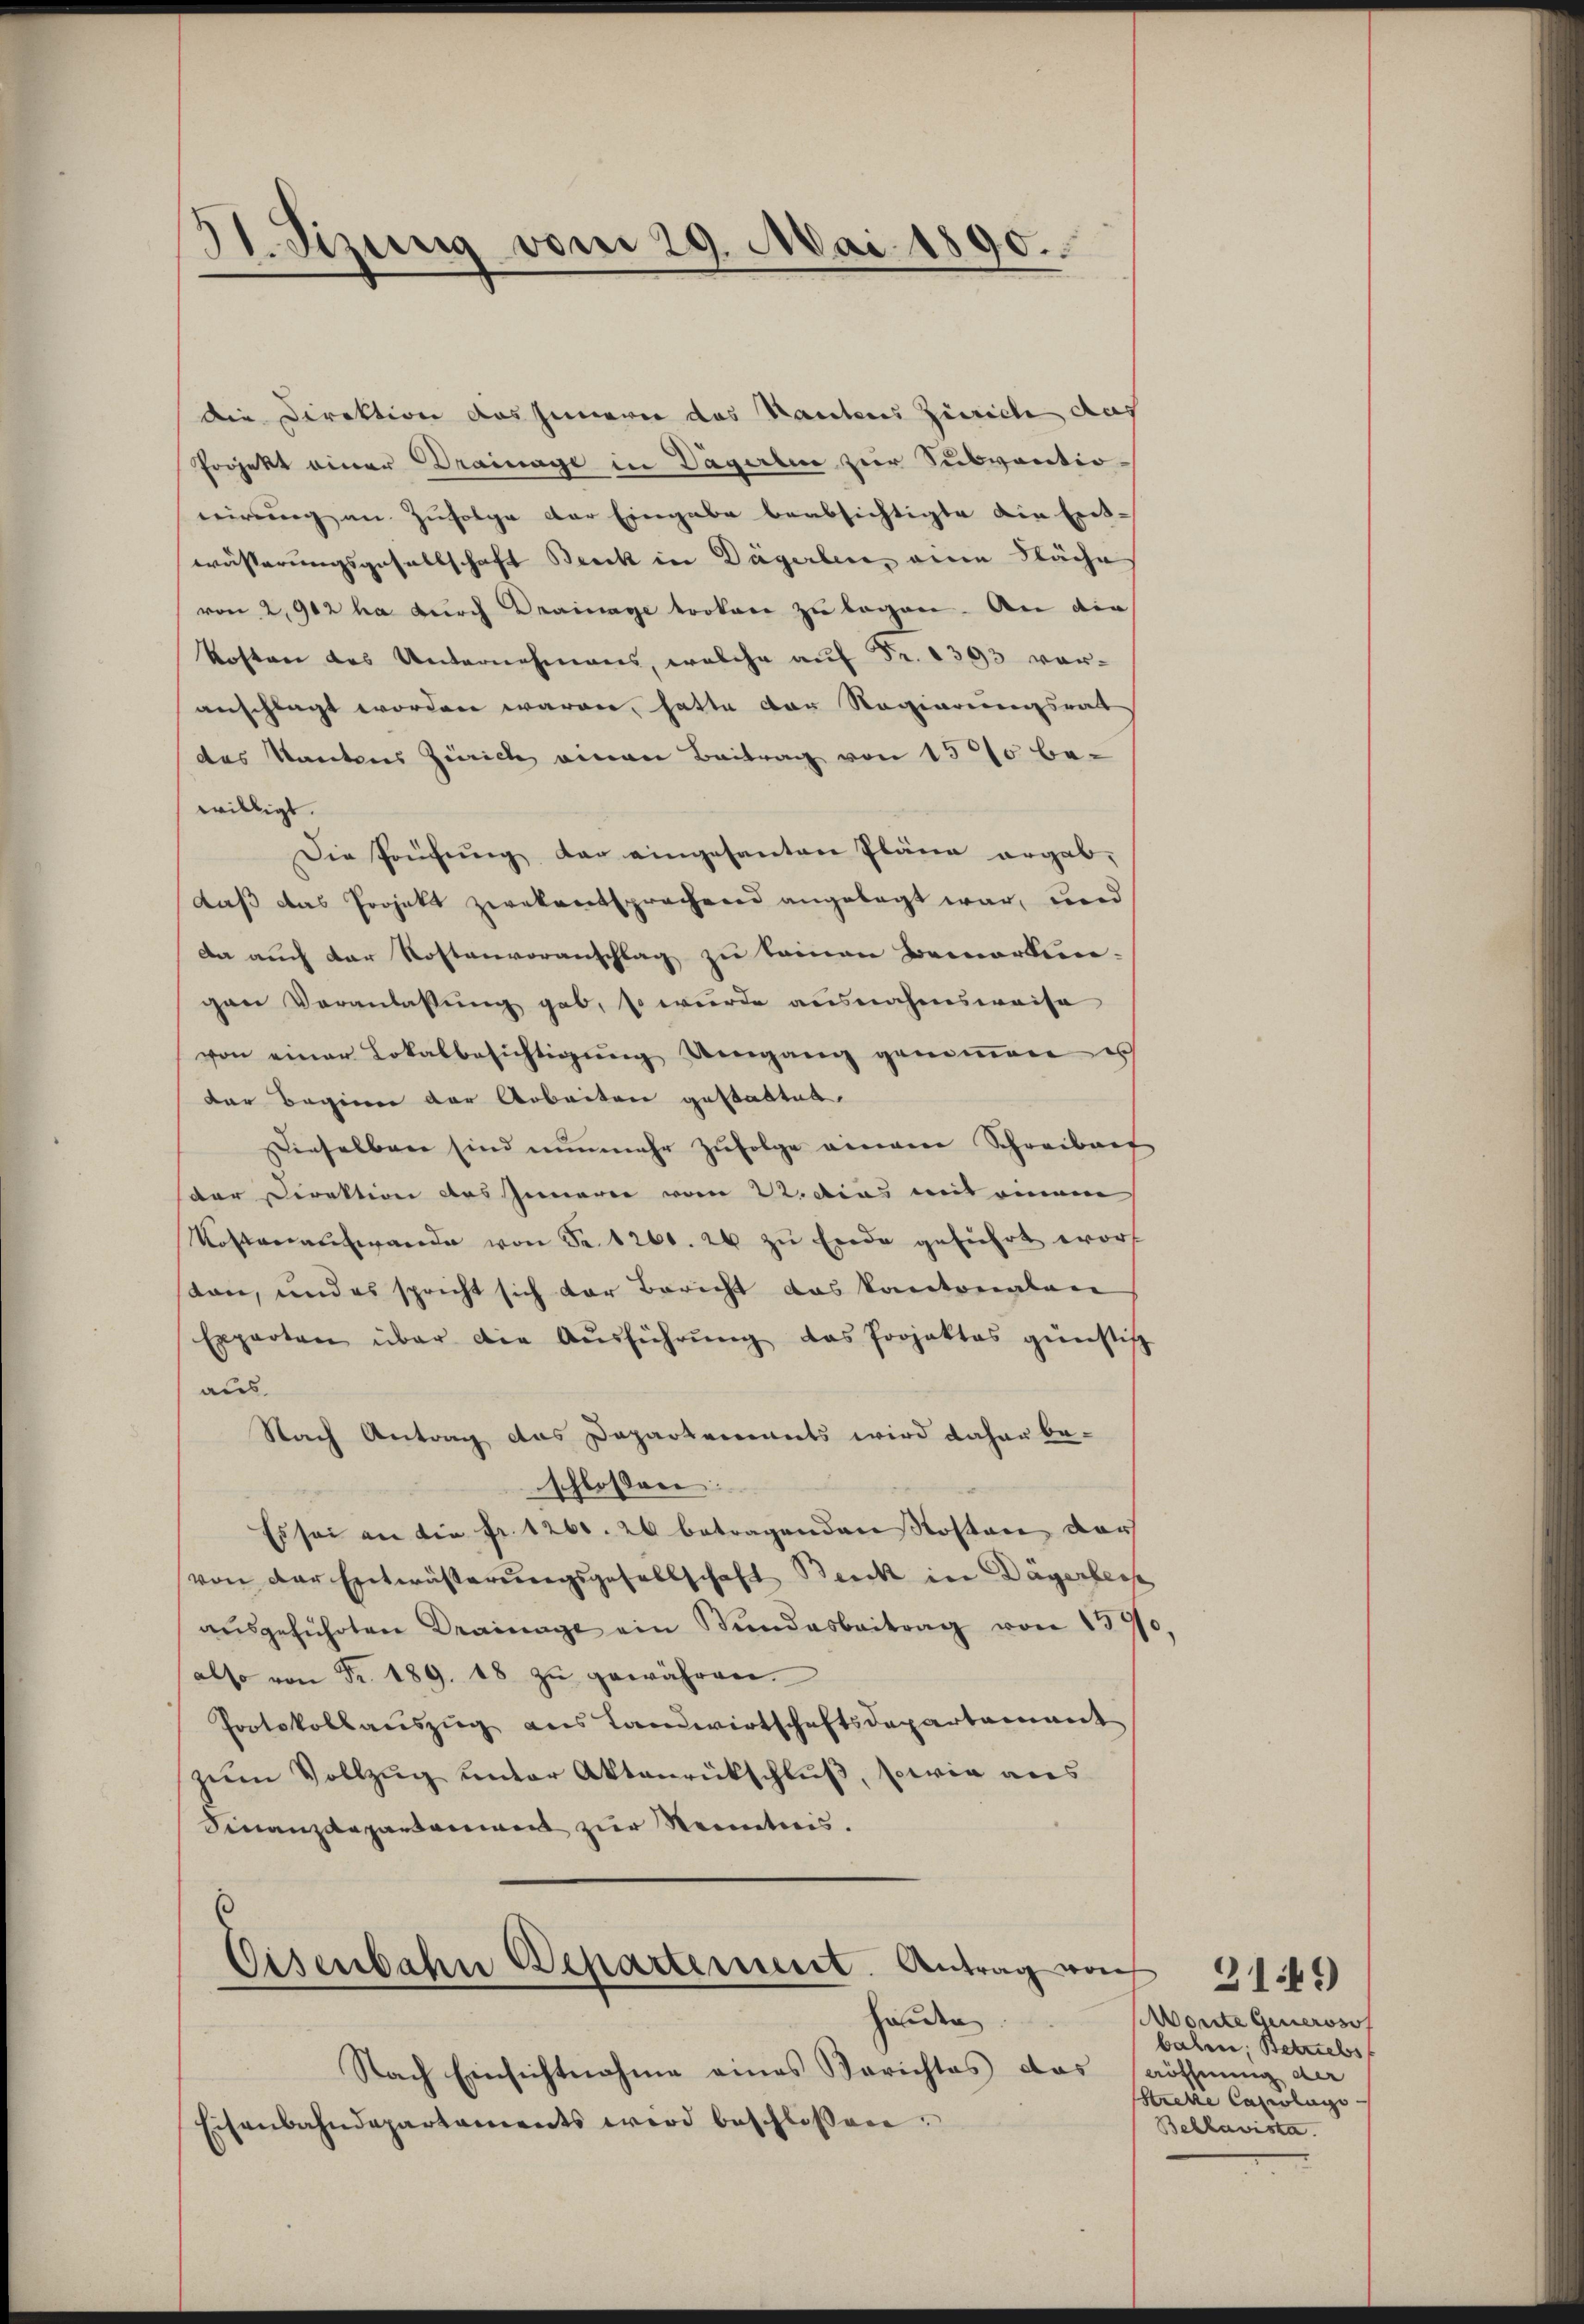
11. Sizung vom 29. Mai 1890.

die Direktion das Jenneren das Nanteres Ziereche das
Projekt einer Drainage in Dägerten zur Subventio-
nirung an Zufolge der Eingabe beabsichtigte die Ent-
wässerungsgesellschaft Beck in Dägerlen, ein Sache
von 2,902 ha durch Drainage trokene zu legen. An die
Kosten des Unternehmens, welche auf Fr. 1393 voranschlagt worden waren, hatte von Regierungsrat
das Kantons Zürich einen Beitrag von 1500 be-
willigt.
Die Prüfŭng der eingesanten Pläne ergab,
daß das Projekt zwekentsprachend angelegt war, und
Da auch der Rostenvoranschlag zu keinen Bemerken-
gen Veranlassung gab, so wurde ausnahmsweise
von einer Lokalbesichtigŭng Umgang genoṁen es
der Beginner der Arbeiten gestattet.
Dieselbare sind nunmehr zŭfolge wiewere Schreiburg
der Direktion des Innerer vom 22. Dies mit einem
Kostenaufwande von Fr. 1260. 20 zŭ Erde geführt worf
ton, und es spricht sich der Bericht das kantonalen
Experten über die Aŭsführŭng das Projektes günstig
aus
Nach Antrag das Departements wird daher beschlossen:
Es sei an die Fr. 1260. 26 betragenden Kosten darf
von der Entwässerungsgesellschaft Beick in Dägerbess
aŭsgeführten Drainage ein Stŭndesbeitrag von 1570.
also von Fr. 189. 18 zŭ gewähren.
Protokollauszug aus Landwirtschaftsdepartamant
zŭm Vollzug unter Aktenrückschluß, sowie aus
Finanzdepartement zur Neinetweis.
s
Eisenbahn Departement. Antrag von
Handen
Nach Einsichtnahme eines Berichtes das
isenbahndepartaments wird beschlossen:

3149
Monnte Generosof
balen; Betriebs
eröffnung der
Streke Capelags-
Behhavista.